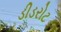
ડીડરોટ